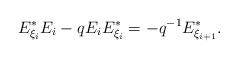
LaTeX: \begin{align*}E_{\xi_{i}}^{*}E_{i}-qE_{i}E_{\xi_{i}}^{*}=-q^{-1}E_{\xi_{i+1}}^{*}.\end{align*}